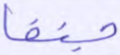
جنفا